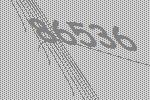
86536